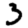
Digit: 3